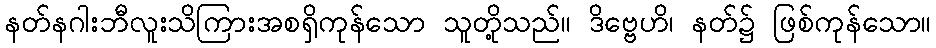
နတ်နဂါးဘီလူးသိကြားအစရှိကုန်သော သူတို့သည်။ ဒိဗ္ဗေဟိ၊ နတ်၌ ဖြစ်ကုန်သော။